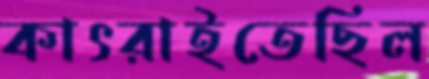
কাৎরাইতেছিল